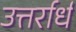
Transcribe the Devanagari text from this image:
उत्तर्रार्ध